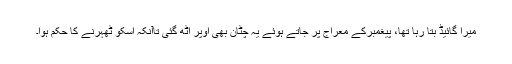
میرا گائیڈ بتا رہا تھا، پیغمبرکے معراج پر جاتے ہوئے یہ چٹان بھی اوپر اٹھ گئی تاآنکہ اسکو ٹھہرنے کا حکم ہوا۔